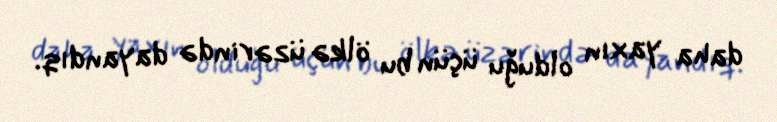
daha yaxın olduğu üçün bu ölkə üzərində dayandıq.